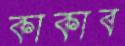
কাকাব